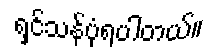
ရှင်သန်ပုံရပါတယ်။